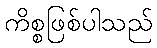
ကိစ္စဖြစ်ပါသည်